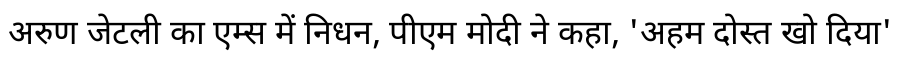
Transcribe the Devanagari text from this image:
अरुण जेटली का एम्स में निधन, पीएम मोदी ने कहा, 'अहम दोस्त खो दिया'